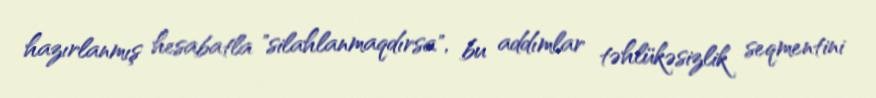
hazırlanmış hesabatla "silahlanmaqdırsa", bu addımlar təhlükəsizlik seqmentini